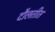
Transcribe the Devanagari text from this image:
दौलतीत